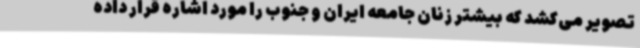
تصویر می‌کشد که بیشتر زنان جامعه ایران و جنوب را مورد اشاره قرار داده